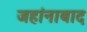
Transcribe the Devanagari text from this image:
जहांनाबाद